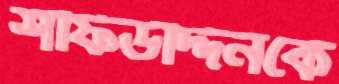
শফিউদ্দিনকে